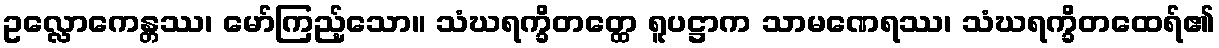
ဥလ္လောကေန္တဿ၊ မော်ကြည့်သော။ သံဃရက္ခိတတ္ထေ ရူပဋ္ဌာက သာမဏေရဿ၊ သံဃရက္ခိတထေရ်၏